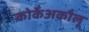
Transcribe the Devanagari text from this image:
कोर्केअकौलू